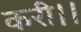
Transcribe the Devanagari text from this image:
करी।।